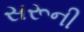
સરૂની